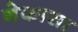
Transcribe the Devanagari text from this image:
नेकासा